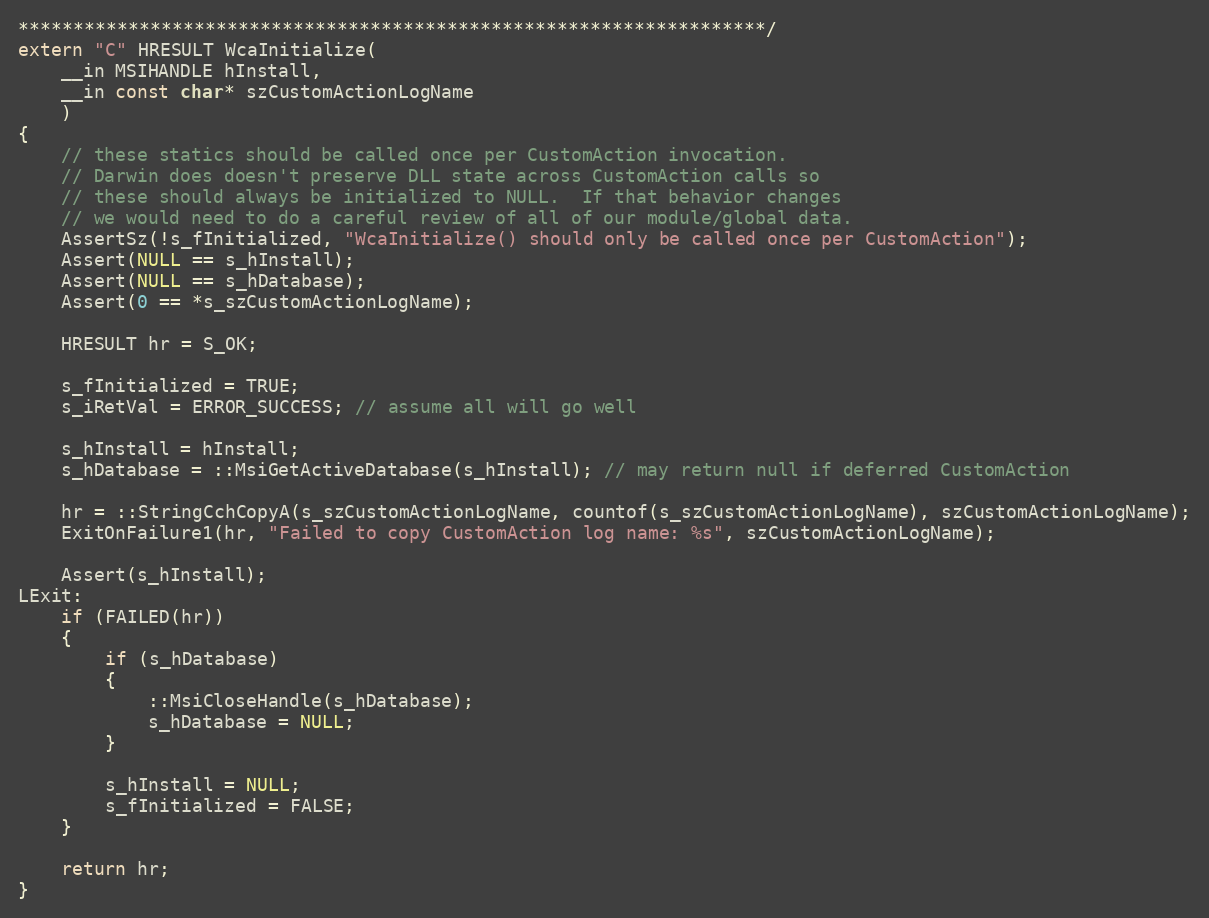
Language: C++
********************************************************************/
extern "C" HRESULT WcaInitialize(
	__in MSIHANDLE hInstall,
	__in const char* szCustomActionLogName
	)
{
	// these statics should be called once per CustomAction invocation.
	// Darwin does doesn't preserve DLL state across CustomAction calls so
	// these should always be initialized to NULL.  If that behavior changes
	// we would need to do a careful review of all of our module/global data.
	AssertSz(!s_fInitialized, "WcaInitialize() should only be called once per CustomAction");
	Assert(NULL == s_hInstall);
	Assert(NULL == s_hDatabase);
	Assert(0 == *s_szCustomActionLogName);

	HRESULT hr = S_OK;

	s_fInitialized = TRUE;
	s_iRetVal = ERROR_SUCCESS; // assume all will go well

	s_hInstall = hInstall;
	s_hDatabase = ::MsiGetActiveDatabase(s_hInstall); // may return null if deferred CustomAction

	hr = ::StringCchCopyA(s_szCustomActionLogName, countof(s_szCustomActionLogName), szCustomActionLogName);
	ExitOnFailure1(hr, "Failed to copy CustomAction log name: %s", szCustomActionLogName);

	Assert(s_hInstall);
LExit:
	if (FAILED(hr))
	{
		if (s_hDatabase)
		{
			::MsiCloseHandle(s_hDatabase);
			s_hDatabase = NULL;
		}

		s_hInstall = NULL;
		s_fInitialized = FALSE;
	}

	return hr;
}